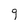
Character: 9